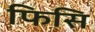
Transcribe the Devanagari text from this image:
फिसि